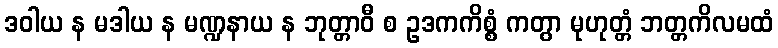
ဒဝါယ န မဒါယ န မဏ္ဍနာယ န ဘုတ္တာဝီ စ ဥဒကကိစ္စံ ကတွာ မုဟုတ္တံ ဘတ္တကိလမထံ